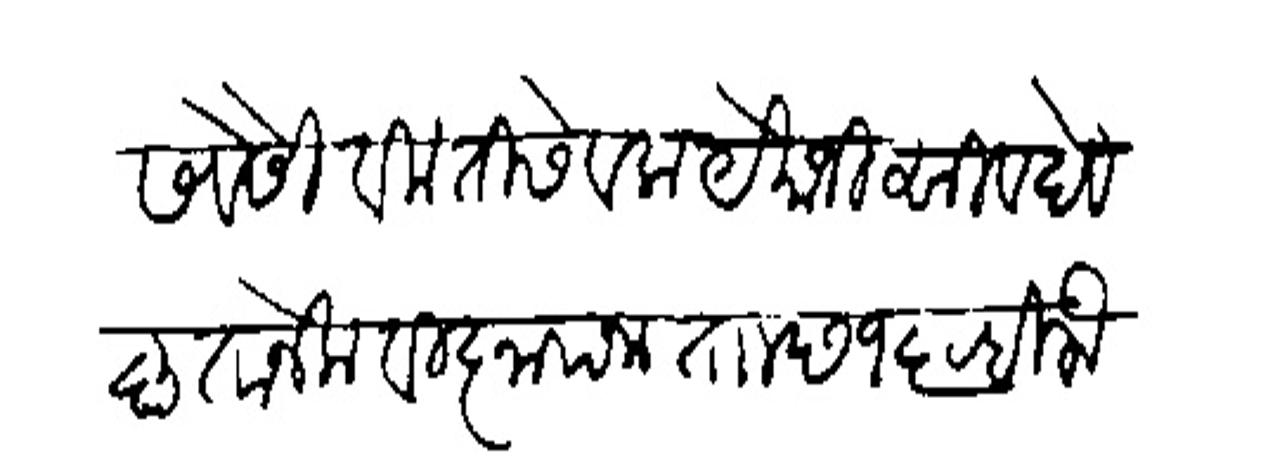
Transliteration (Devanagari): सेवेसी विनंती सेवक येमाजी सिवदेव कृतानेक दिनापना ताा छ १६ रबिलौबल